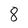
Character: 8